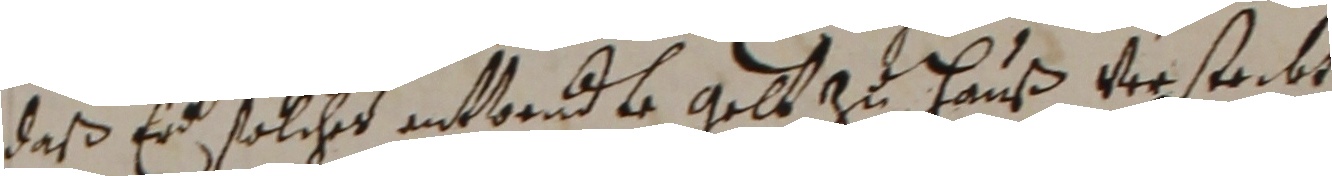
daß er solches entbendle gaar zu hauß versteckt